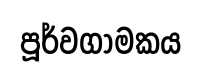
පූර්වගාමකය